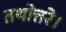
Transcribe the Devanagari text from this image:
तथोत्तरे।